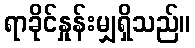
ရာခိုင်နှုန်းမျှရှိသည်။